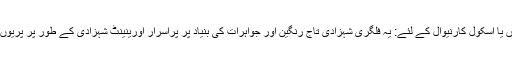
چاہے کوئی خیالی ایونٹ ، لباس پارٹیوں یا اسکول کارنیوال کے لئے: یہ فلگری شہزادی تاج رنگین اور جواہرات کی بنیاد پر پراسرار اورینینٹ شہزادی کے طور پر پریوں کی پریوں کی شکل پر فٹ بیٹھتی ہے۔